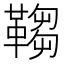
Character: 𩌄